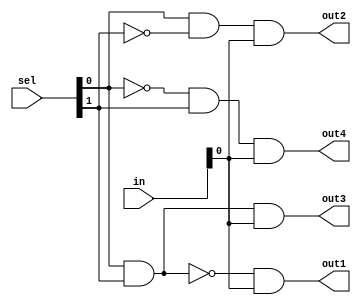
module demux(
    input [1:0] sel,
    input [1:0] in,
    output out1,
    output out2,
    output out3,
    output out4
);

wire [3:0] sel_decoded;

assign sel_decoded[0] = ~(sel[0] & sel[1]);
assign sel_decoded[1] = sel[0] & ~sel[1];
assign sel_decoded[2] = sel[0] & sel[1];
assign sel_decoded[3] = ~sel[0] & sel[1];

assign out1 = (sel_decoded[0] & in[0]);
assign out2 = (sel_decoded[1] & in[0]);
assign out3 = (sel_decoded[2] & in[0]);
assign out4 = (sel_decoded[3] & in[0]);

endmodule